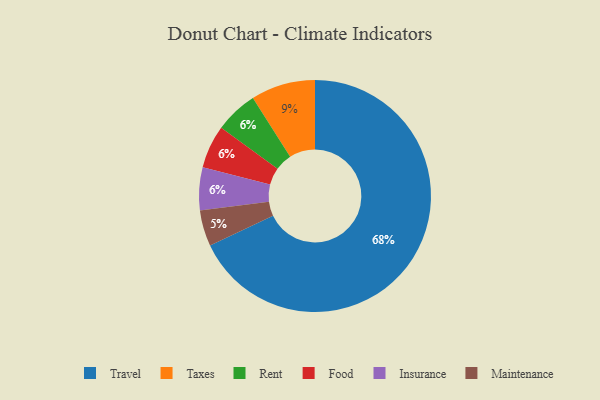
{"axis": {"x": "Category", "y": "Percentage"}, "legend": ["Food", "Insurance", "Maintenance", "Rent", "Taxes", "Travel"], "data": [{"x": "Rent", "y": 6, "type": "Rent"}, {"x": "Food", "y": 6, "type": "Food"}, {"x": "Taxes", "y": 9, "type": "Taxes"}, {"x": "Insurance", "y": 6, "type": "Insurance"}, {"x": "Maintenance", "y": 5, "type": "Maintenance"}, {"x": "Travel", "y": 68, "type": "Travel"}]}